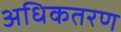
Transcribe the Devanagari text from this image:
अधिकतरण